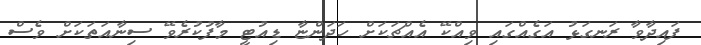
ފައިދާވާ ރަނގަޅު އަގެއްގައި ވިއްކޭ އެއްޗަކަށް ހަދަންޏާ ޑިއުޓީ މާފުކުރެވޭ ސިނާއަތަކަށް ވެސް